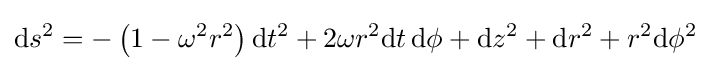
\mathrm {d} s^{2}=-\left(1-\omega ^{2}r^{2}\right)\mathrm {d} t^{2}+2\omega r^{2}\mathrm {d} t\,\mathrm {d} \phi +\mathrm {d} z^{2}+\mathrm {d} r^{2}+r^{2}\mathrm {d} \phi ^{2}